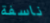
ناسفة